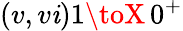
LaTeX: (v,v\mathit{i})1\toX\, 0^{+}